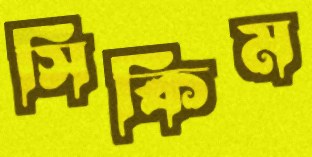
সিকিম